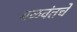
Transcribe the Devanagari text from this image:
बळवंतचे